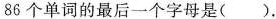
86个单词的最后一个字母是（）.